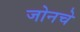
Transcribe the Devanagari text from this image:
जोनचे